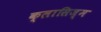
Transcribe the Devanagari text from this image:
क्लासिज़्म